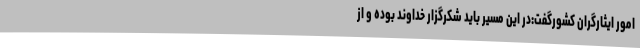
امور ایثارگران کشورگفت:در این ‌مسیر باید شکرگزار خداوند بوده و از